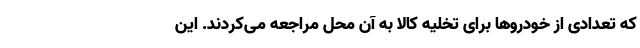
که تعدادی از خودروها برای تخلیه کالا به آن محل مراجعه می‌کردند. این